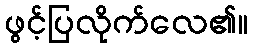
ဖွင့်ပြလိုက်လေ၏။